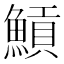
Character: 𩹸